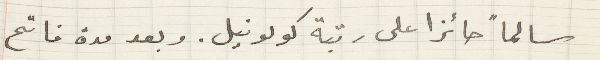
سالماً حائزا على رتبة كولونيل. وبعد مدة فاتح